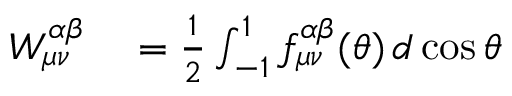
\begin{array} { r l } { W _ { { \mu } { \nu } } ^ { \alpha \beta } } & { { } = \frac { 1 } { 2 } \int _ { - 1 } ^ { 1 } f _ { { \mu } { \nu } } ^ { \alpha \beta } ( \theta ) \, d \cos \theta } \end{array}